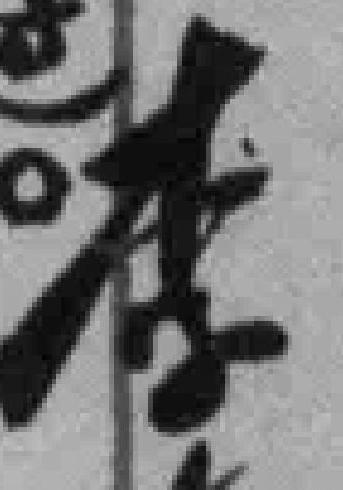
李